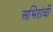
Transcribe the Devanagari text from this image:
अभिरांची